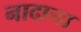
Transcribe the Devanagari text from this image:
नादाना